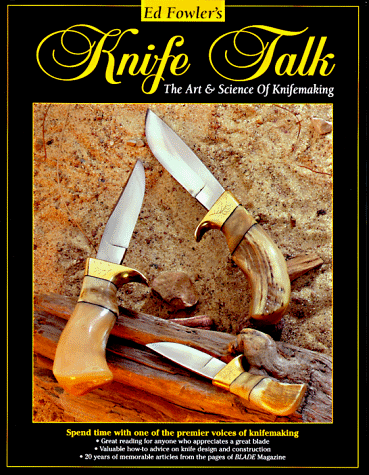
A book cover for Knife Talk: The Art & Science of Knifemaking; Ed Fowler; Crafts, Hobbies & Home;